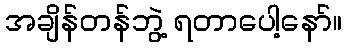
အချိန်တန်ဘွဲ့ ရတာပေါ့နော်။